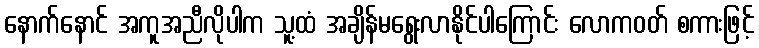
နောက်နောင် အကူအညီလိုပါက သူ့ထံ အချိန်မရွေးလာနိုင်ပါကြောင်း လောကဝတ် စကားဖြင့်